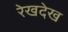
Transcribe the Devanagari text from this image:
रेखदेख